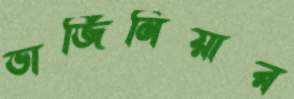
ভার্জিনিয়ার